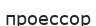
проессор